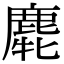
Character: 𪊯